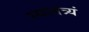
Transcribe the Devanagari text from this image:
स्वातंत्र्यं